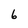
Character: 6